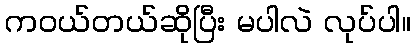
ကဝယ်တယ်ဆိုပြီး မပါလဲ လုပ်ပါ။